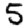
Digit: 5